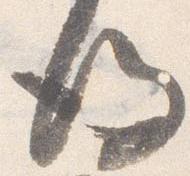
後